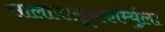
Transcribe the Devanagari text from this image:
सालापासूनफॉर्म्युला